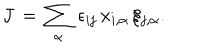
J \, = \, \sum _ { \alpha } \, \epsilon _ { i j } \, x _ { i , \alpha } \, \xi _ { j , \alpha } .